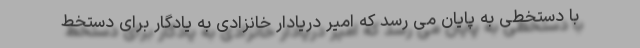
با دستخطی به پایان می رسد که امیر دریادار خانزادی به یادگار برای دستخط